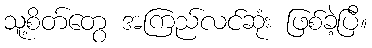
သူ့စိတ်တွေ အကြည်လင်ဆုံး ဖြစ်ခဲ့ပြီ။